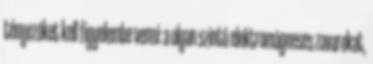
tényezõket kell figyelembe venni: a olyan szintû elektromágneses zavarokat,